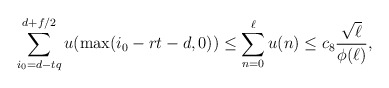
\begin{align*}\sum_{i_0=d-tq}^{d+f/2} u(\max(i_0-rt-d,0))\le \sum_{n=0}^{\ell} u(n) \le c_8 \frac{\sqrt{\ell}}{\phi(\ell)},\end{align*}